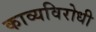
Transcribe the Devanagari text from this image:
काव्यविरोधी